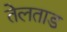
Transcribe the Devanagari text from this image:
तेलताड